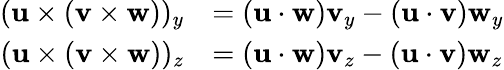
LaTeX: {\begin{array}{rl}{(\mathbf{u}\times(\mathbf{v}\times\mathbf{w}))_{y}}&{=(\mathbf{u}\cdot\mathbf{w})\mathbf{v}_{y}-(\mathbf{u}\cdot\mathbf{v})\mathbf{w}_{y}}\\ {(\mathbf{u}\times(\mathbf{v}\times\mathbf{w}))_{z}}&{=(\mathbf{u}\cdot\mathbf{w})\mathbf{v}_{z}-(\mathbf{u}\cdot\mathbf{v})\mathbf{w}_{z}}\end{array}}